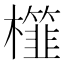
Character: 𣞯